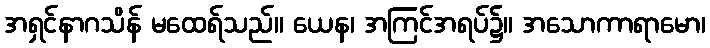
အရှင်နာဂသိန် မထေရ်သည်။ ယေန၊ အကြင်အရပ်၌။ အသောကာရာမော၊